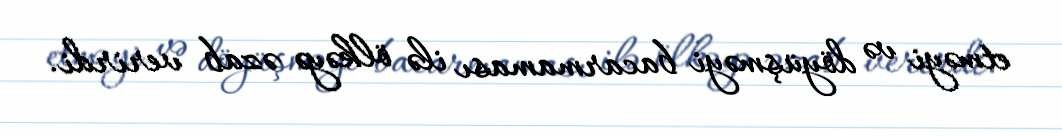
etməyi və döyüşməyi bacarmaması ilə ölkəyə əzab verirdi.